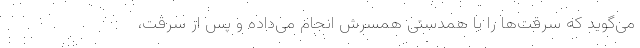
می‌گوید که سرقت‌ها را با همدستی همسرش انجام می‌داده و پس از سرقت،